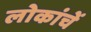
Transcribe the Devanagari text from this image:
लोकांचें